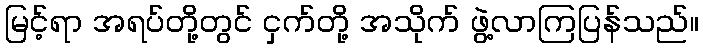
မြင့်ရာ အရပ်တို့တွင် ငှက်တို့ အသိုက် ဖွဲ့လာကြပြန်သည်။